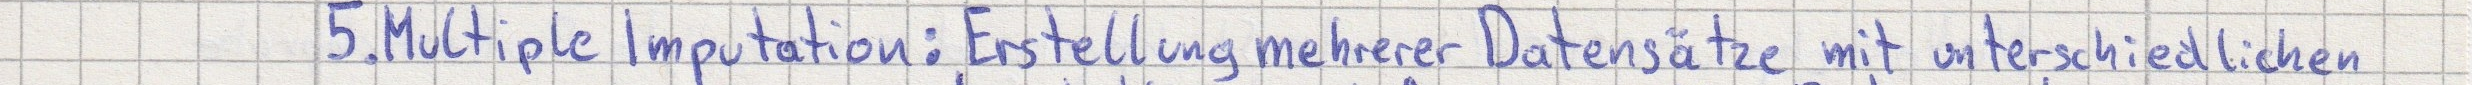
5. Multiple Imputation: Erstellung mehrerer Datensätze mit unterschiedlichen